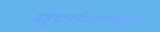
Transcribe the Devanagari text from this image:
पूर्णानंदांकडून